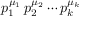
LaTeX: p _ { 1 } ^ { \mu _ { 1 } } \, p _ { 2 } ^ { \mu _ { 2 } } \cdots p _ { k } ^ { \mu _ { k } }